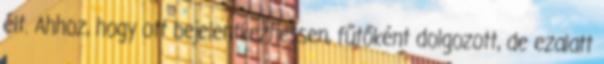
élt. Ahhoz, hogy ott bejelentkezhessen, fűtőként dolgozott, de ezalatt